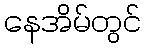
နေအိမ်တွင်